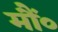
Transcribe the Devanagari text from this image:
मौं०